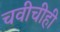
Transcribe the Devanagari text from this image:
चवीचीही